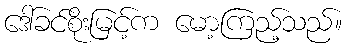
ဒေါ်ခင်စိုးမြင့်က မော့ကြည့်သည်။